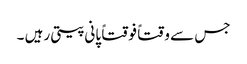
جس سے وقتاً فوقتاً پانی پیتی رہیں ۔